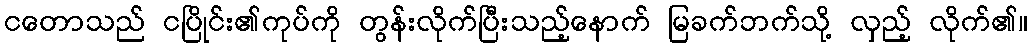
ငတောသည် ငပြိုင်း၏ကုပ်ကို တွန်းလိုက်ပြီးသည့်နောက် မြခက်ဘက်သို့ လှည့် လိုက်၏။